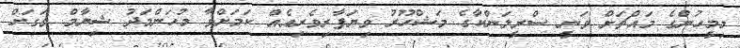
މިމީހުންގެ މައްޗަށް ވަނީ ސްރީލަންކާގެ މަޝްހޫރު ވިޔަފާރިވެރިއެއް ކަމަށްވާ މުހަންމަދު ޝިޔާމް ވަގަށް